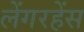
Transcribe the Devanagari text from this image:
लेंगरहेंस